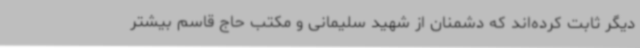
دیگر ثابت کرده‌اند که دشمنان از شهید سلیمانی و مکتب حاج قاسم بیشتر